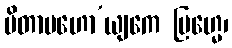
ပိတာမဟော’ယျကေ ဗြဟ္မေ၊